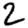
Digit: 2